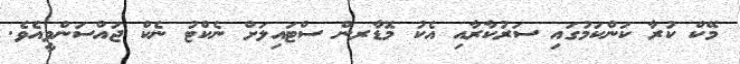
މޭކް ކުރާ ކަންކަމުގައި ސަރުކާރާއި އެކު މޮޑާރން ސްޓައިލަށް ނެކްޓު ނެކް ޖައްސަންވީއެވެ.